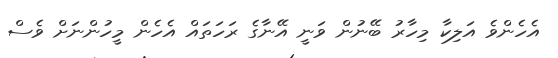
އެހެންވެ އަލިކާ މިހާރު ބޭނުން ވަނީ އޭނާގެ ރަހަތައް އެހެން މީހުންނަށް ވެސް